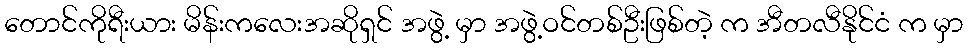
တောင်ကိုရီးယား မိန်းကလေးအဆိုရှင် အဖွဲ့ မှာ အဖွဲ့ဝင်တစ်ဦးဖြစ်တဲ့ က အီတလီနိုင်ငံ က မှာ